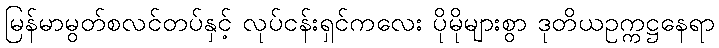
မြန်မာမွတ်စလင်တပ်နှင့် လုပ်ငန်းရှင်ကလေး ပိုမိုများစွာ ဒုတိယဥက္ကဋ္ဌနေရာ